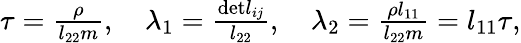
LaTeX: \begin{array}{r}{\tau=\frac{\rho}{l_{22}m},\quad\lambda_{1}=\frac{\textrm{det}l_{ij}}{l_{22}},\quad\lambda_{2}=\frac{\rho l_{11}}{l_{22}m}=l_{11}\tau,}\end{array}